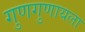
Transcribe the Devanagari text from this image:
गुणगुणायला